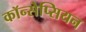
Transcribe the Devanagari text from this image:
कॉन्सेप्सियन